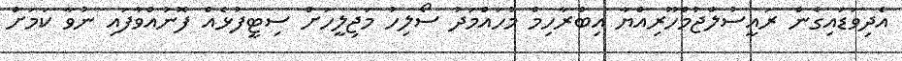
އެދިވަޑައިގެން ރައީސުލްޖުމްހޫރިއްޔާ އިބްރާހިމް މުހައްމަދު ސޯލިހު މަޖިލީހަށް ސިޓީފުޅެއް ފޮނުއްވާފައި ނުވާ ކަމަށް